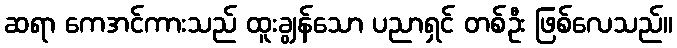
ဆရာ ကေအင်ကားသည် ထူးချွန်သော ပညာရှင် တစ်ဦး ဖြစ်လေသည်။